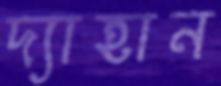
দ্যাহান